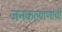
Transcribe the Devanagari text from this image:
जनकल्याणांची